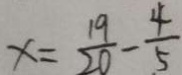
x = \frac { 1 9 } { 2 0 } - \frac { 4 } { 5 }